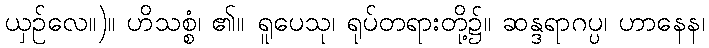
ယှဉ်လေ။)။ ဟိသစ္စံ၊ ၏။ ရူပေသု၊ ရုပ်တရားတို့၌။ ဆန္ဒရာဂပ္ပ၊ ဟာနေန၊